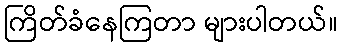
ကြိတ်ခံနေကြတာ များပါတယ်။